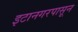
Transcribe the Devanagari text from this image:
इटानगरपासून